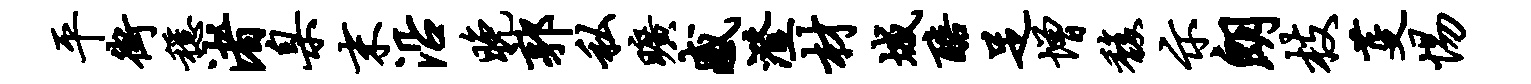
平街稳渚臬末沿晚郭私旷感澄材城醅足增馥示朗枝芟惕